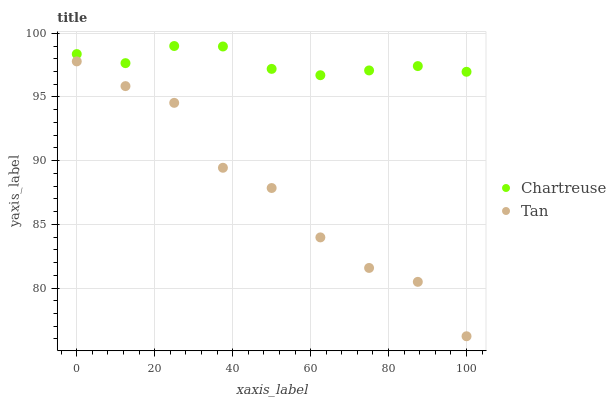
| xaxis_label | Chartreuse | Tan |
 | --- | --- | --- |
 | 0 | 98.4 | 97.8 |
 | 12.5 | 97.7 | 95.9 |
 | 25 | 99 | 94.5 |
 | 37.5 | 99 | 89.4 |
 | 50 | 97.2 | 87.9 |
 | 62.5 | 96.7 | 84 |
 | 75 | 97.1 | 81.6 |
 | 87.5 | 97.4 | 80.5 |
 | 100 | 97 | 76.2 |